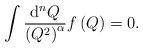
LaTeX: \begin{align*}\int\frac{{\rm d}^n Q}{\left(Q^2\right)^\alpha} f\left(Q\right)=0 .\end{align*}